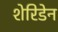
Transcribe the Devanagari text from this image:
शेरिडेन